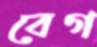
বেগ